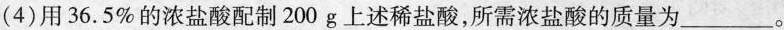
(4)用36.5\%的浓盐酸配制200g上述稀盐酸，所需浓盐酸的质量为___。